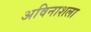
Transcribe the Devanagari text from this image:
अविनाशला